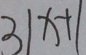
3 1 x + 1